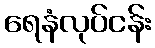
ရေနံလုပ်ငန်း